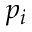
p _ { i }